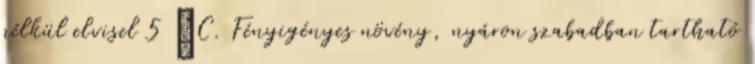
nélkül elvisel 5 °C. Fényigényes növény, nyáron szabadban tartható